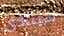
سيتأذى